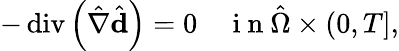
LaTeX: -\operatorname{div}\left(\hat{\nabla}\hat{\mathbf{d}}\right)=0\quad\mathrm{~i~n~}\hat{\Omega}\times(0,T],